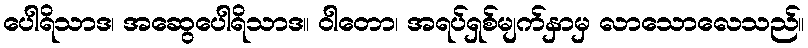
ပေါရိသာဒ၊ အဆွေပေါရိသာဒ။ ဝါတော၊ အရပ်ရှစ်မျက်နှာမှ လာသောလေသည်။